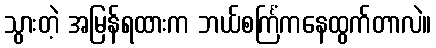
သွားတဲ့ အမြန်ရထားက ဘယ်စင်္ကြံကနေထွက်တာလဲ။